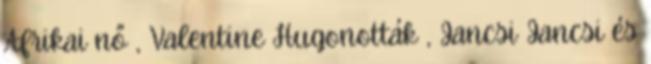
Afrikai nő , Valentine Hugonották , Jancsi Jancsi és